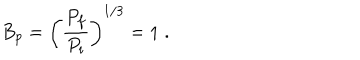
B _ { p } = \left( \frac { P _ { f } } { P _ { i } } \right) ^ { 1 / 3 } = 1 \; .